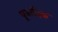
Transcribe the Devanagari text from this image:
पूजादिक